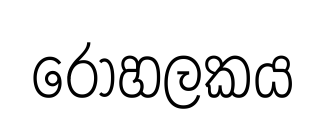
රෝහලකය